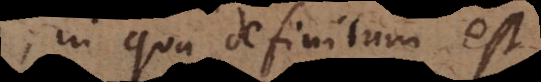
in qua definitum est